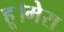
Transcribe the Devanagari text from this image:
हू।मेरा